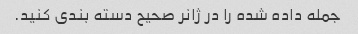
جمله داده شده را در ژانر صحیح دسته بندی کنید.